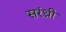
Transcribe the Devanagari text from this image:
सरंध्री